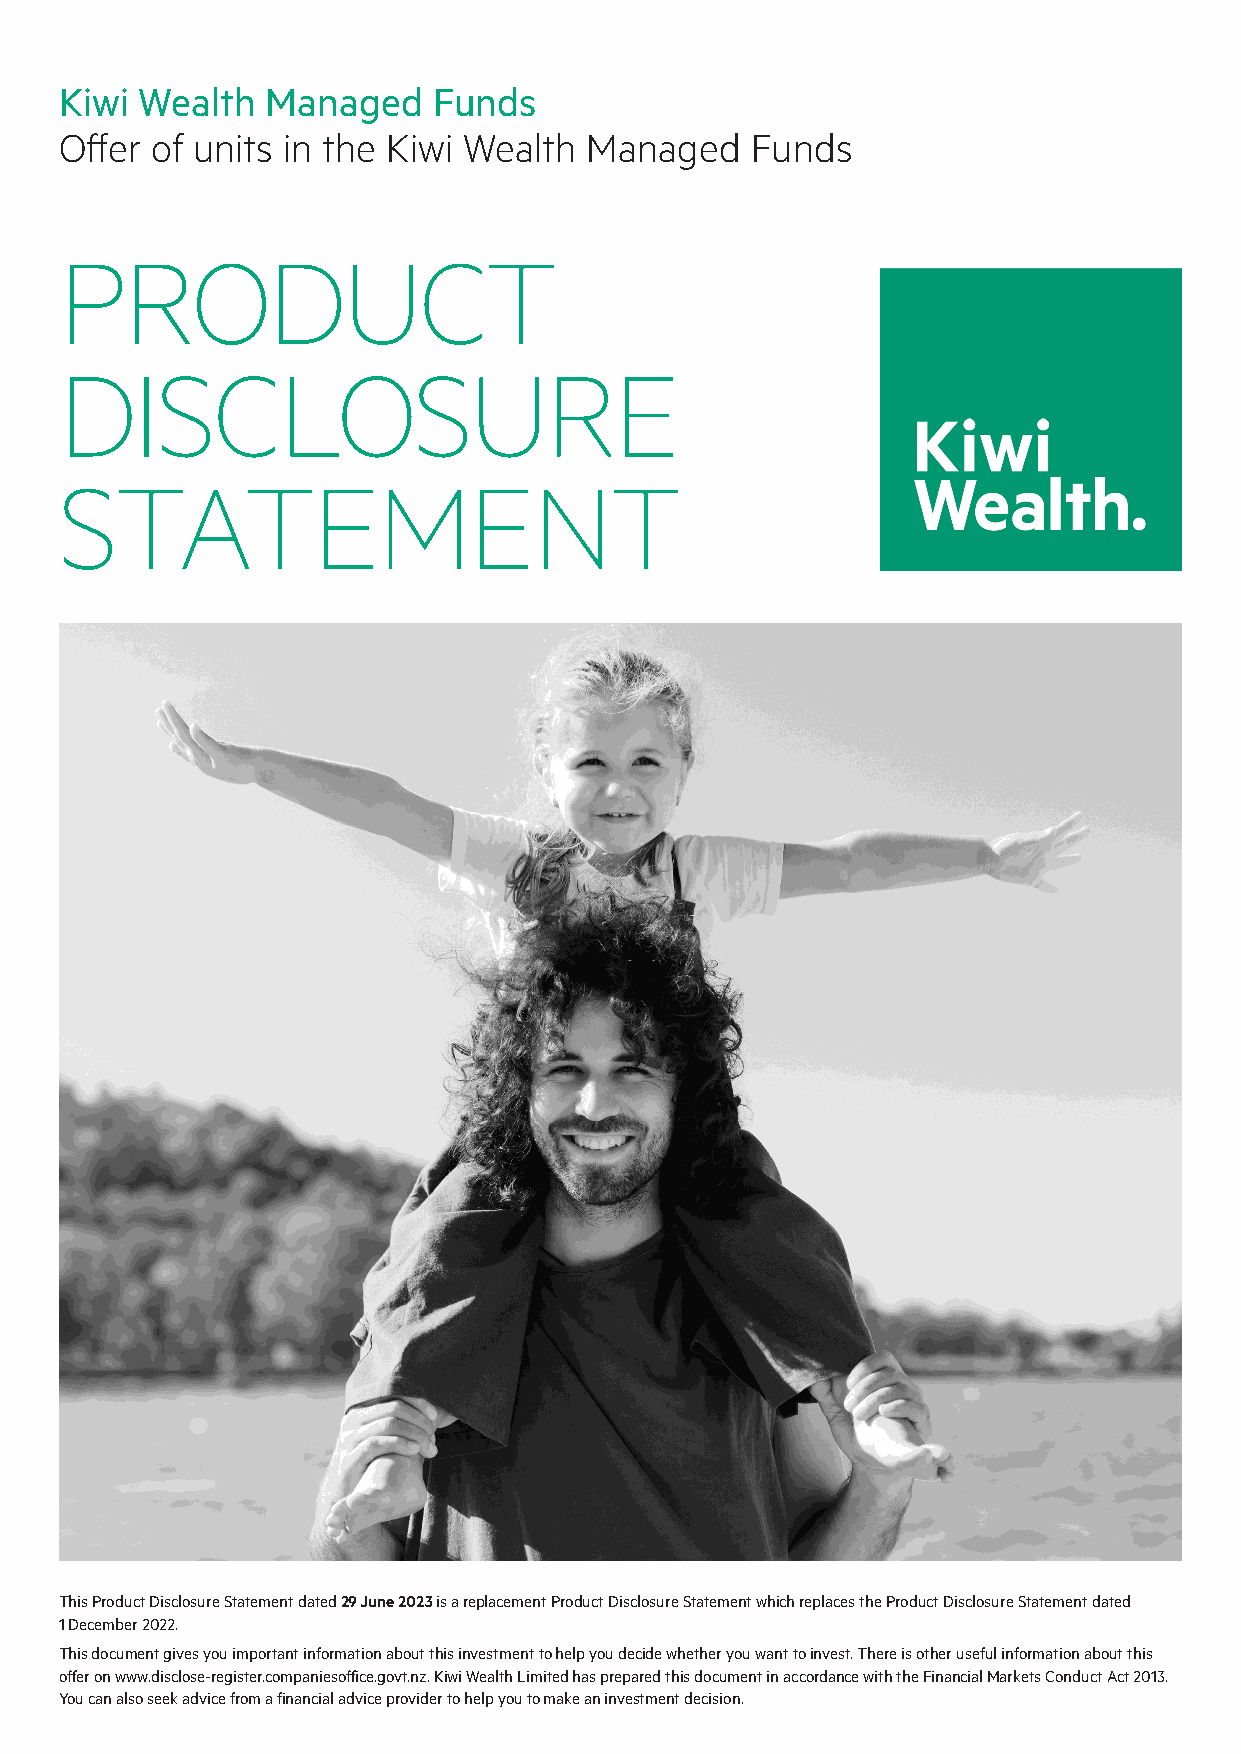
Kiwi Wealth   Managed    Funds
 Offer of units in the Kiwi Wealth  Managed    Funds
 PRODUCT
 DISCLOSURE
 STATEMENT
 This Product Disclosure Statement dated 29 June 2023 is a replacement Product Disclosure Statement which replaces the Product Disclosure Statement dated
 1 December 2022.
 This document gives you important information about this investment to help you decide whether you want to invest. There is other useful information about this
 offer on www.disclose-register.companiesoffice.govt.nz. Kiwi Wealth Limited has prepared this document in accordance with the Financial Markets Conduct Act 2013.
 You can also seek advice from a financial advice provider to help you to make an investment decision.